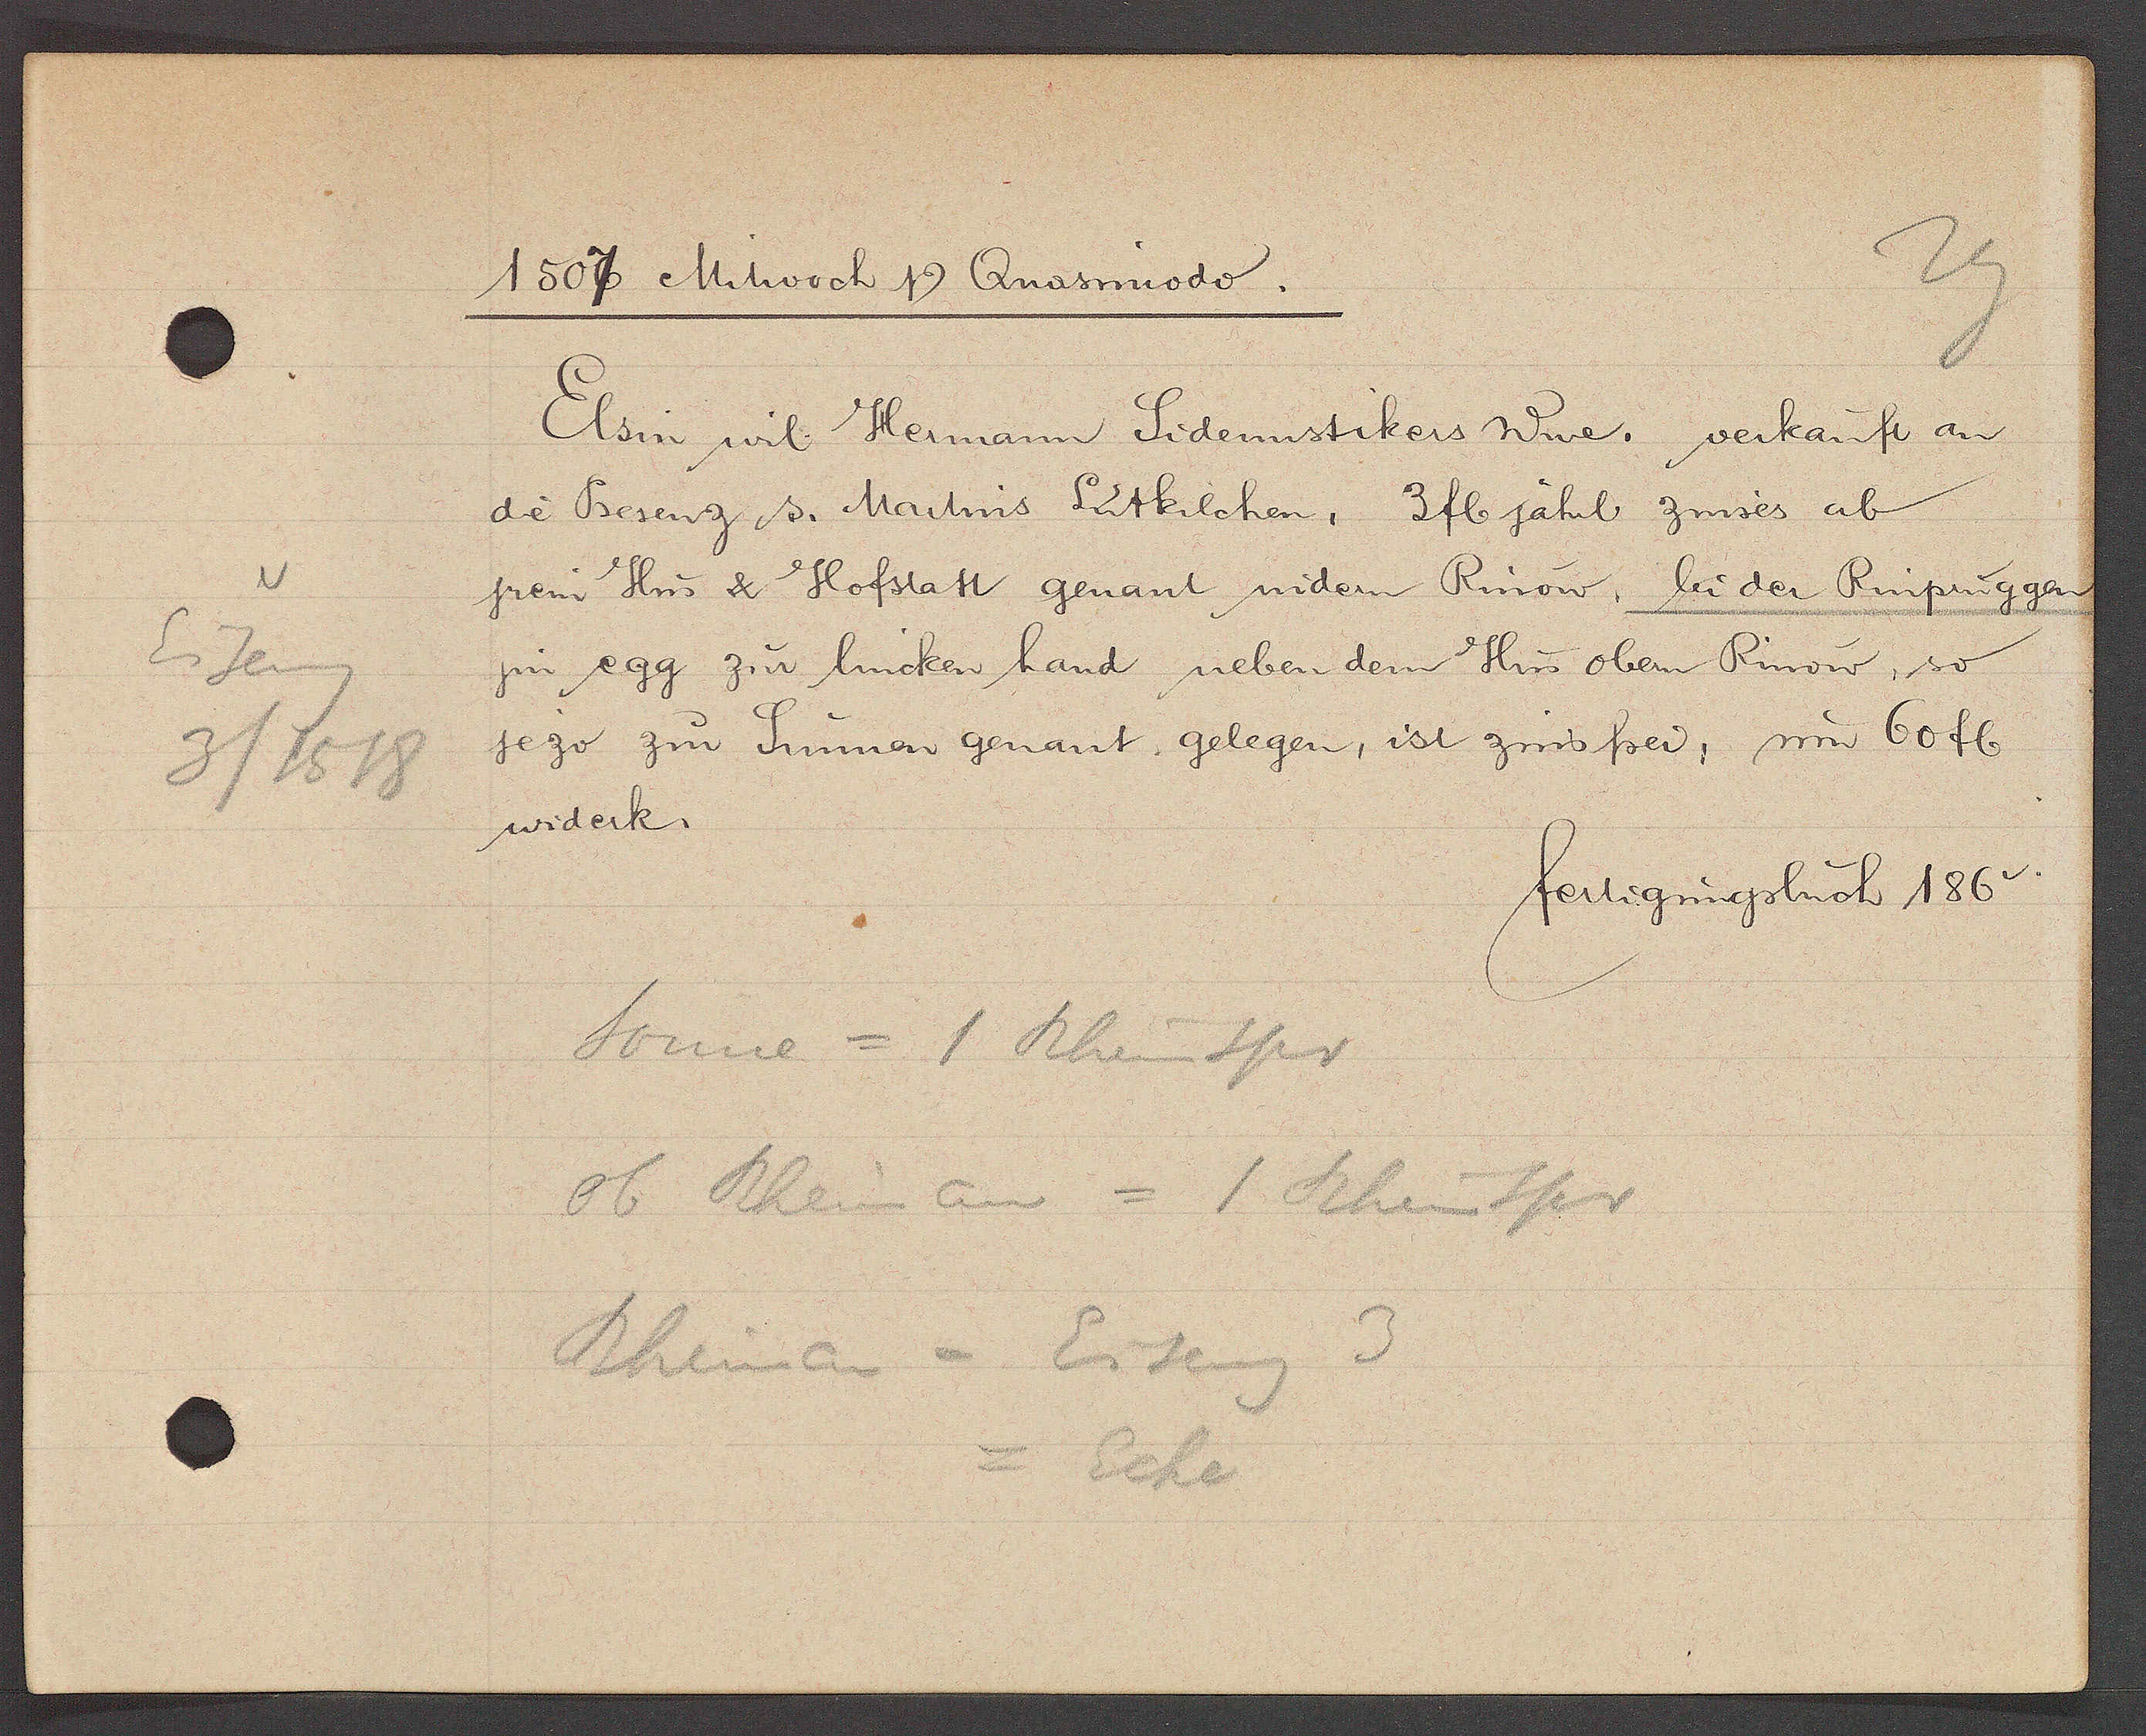
Transcript:
Eiseng
3/1518

1507 Mitwoch Ƿ Quasimodo.
Elsin wil. Hermann Sidennstikers Wwe. verkauft an
die Presenz s. Martins Lutkilchen. 3 fl jährl zinsens ab
jrem Hus & Hofstatt genant nidern Rinow. bi der Rinpruggen
jm egg zur lincken hand neben dem Hus obern Rinow, so
jezo zur Sunnen genant gelegen, ist zins frei, um 60 fl
widerk.
fertigungsbuch 186v.
Sonne = 1 Rheinspr
Ob Rheinau = 1 Rheinspr
Rheinau = Eiseng 3
=Ecke